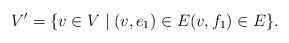
\begin{align*}V'=\{v\in V\mid (v,e_1)\in E (v,f_1)\in E\}.\end{align*}